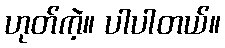
ဟုတ်ကဲ့။ ပါပါတယ်။